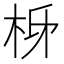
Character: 𭩩